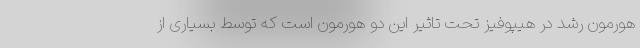
هورمون رشد در هیپوفیز تحت تاثیر این دو هورمون است که توسط بسیاری از